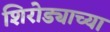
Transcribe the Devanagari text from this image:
शिरोड्याच्या